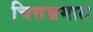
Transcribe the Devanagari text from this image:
चित्तभ्रमात